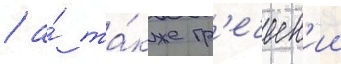
/ а́ та́кже гр'еческ'ии